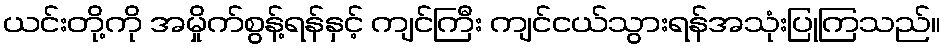
ယင်းတို့ကို အမှိုက်စွန့်ရန်နှင့် ကျင်ကြီး ကျင်ငယ်သွားရန်အသုံးပြုကြသည်။